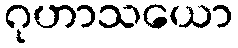
ဂုဟာသယော